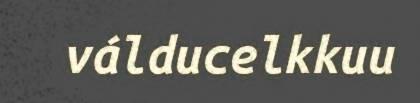
válducelkkuu